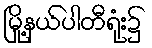
မြို့နယ်ပါတီရုံး၌